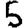
Digit: 5